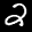
Label: 2